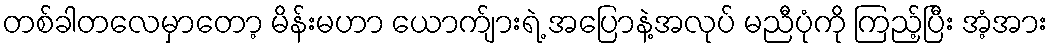
တစ်ခါတလေမှာတော့ မိန်းမဟာ ယောက်ျားရဲ့ အပြောနဲ့အလုပ် မညီပုံကို ကြည့်ပြီး အံ့အား